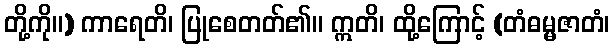
တို့ကို။) ကာရေတိ၊ ပြုစေတတ်၏။ ဣတိ၊ ထို့ကြောင့် (တံဓမ္မဇာတံ၊